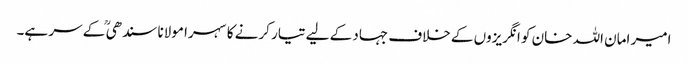
امیر امان اللہ خان کو انگریزوں کے خلاف جہاد کے لیے تیار کرنے کا سہرا مولانا سندھی ؒ کے سر ہے۔